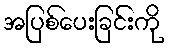
အပြစ်ပေးခြင်းကို